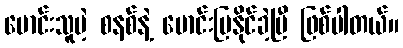
မောင်းသူမဲ့ စနစ်နဲ့ မောင်းပြနိုင်ခဲ့ပြီ ဖြစ်ပါတယ်။